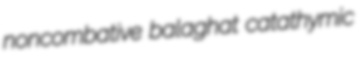
noncombative balaghat catathymic